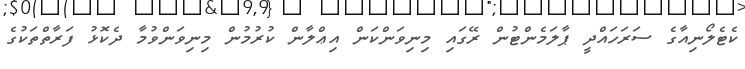
ކެޓެލޯނިއާގެ ސަރަހައްދީ ޕާލަމެންޓުން ރޭގައި މިނިވަންކަން އިޢްލާން ކުރުމުން މިނިވަންވުމާ ދެކޮޅު ފަރާތްތަކުގެ